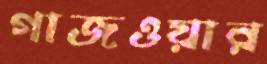
গাজওয়ার